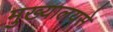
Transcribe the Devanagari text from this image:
मुख्यालयसे